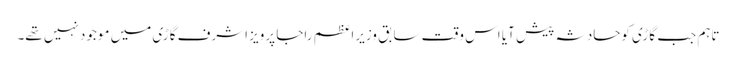
تاہم جب گاڑی کوحادثہ پیش آیا اس وقت سابق وزیراعظم راجا پرویز اشرف گاڑی میں موجود نہیں تھے۔